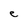
Character: C